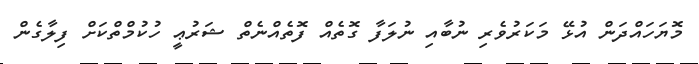
މޮޔަހައްދަން އުޅޭ މަކަރުވެރި ނުބާއި ނުލަފާ ގޮތެއް ފޮތެއްނެތް ޝަރުޢީ ހުކުމްތްކަށް ފިލާގެން